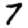
Digit: 7